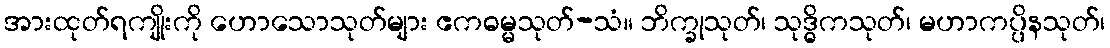
အားထုတ်ရကျိုးကို ဟောသောသုတ်များ ဧကဓမ္မသုတ်-သံ။ ဘိက္ခုသုတ်၊ သုဒ္ဓိကသုတ်၊ မဟာကပ္ပိနသုတ်၊